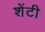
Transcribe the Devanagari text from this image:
शेंटी